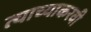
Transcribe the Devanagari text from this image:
त्याच्याकरवी